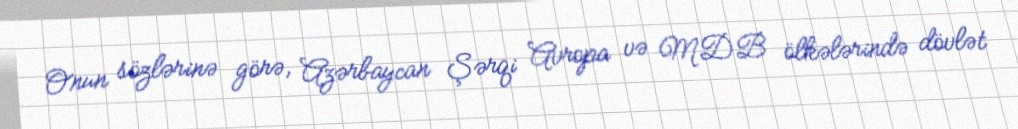
Onun sözlərinə görə, Azərbaycan Şərqi Avropa və MDB ölkələrində dövlət